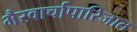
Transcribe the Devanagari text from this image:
भैरवार्चापारिजात